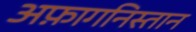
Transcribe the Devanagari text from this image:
अफ़ागनिस्तान